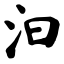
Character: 汩